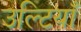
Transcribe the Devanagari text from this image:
उल्टियाँ